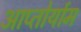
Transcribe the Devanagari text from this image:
आप्‍तोर्याम